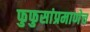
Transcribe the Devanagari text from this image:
फुफुसांप्रमाणेच